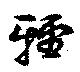
輕